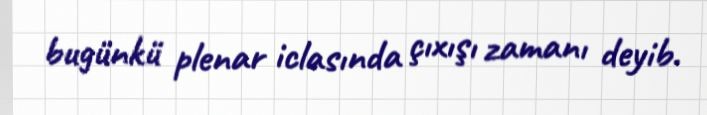
bugünkü plenar iclasında çıxışı zamanı deyib.